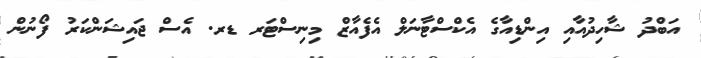
އަބްދު ޝާހިދުއާއި އިންޑިއާގެ އެކްސްޓާނަލް އެފެއާޒް މިނިސްޓަރ ޑރ. އެސް ޖައިޝަންކަރު ފޯނުން